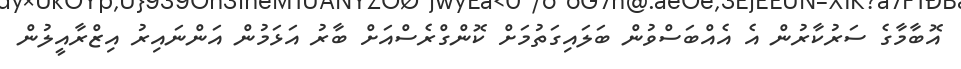
އޮބާމާގެ ސަރުކާރުން އެ އެއްބަސްވުން ބަލައިގަތުމަށް ކޮންގްރެސްއަށް ބާރު އަޅަމުން އަންނައިރު އިޒްރާއީލުން